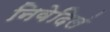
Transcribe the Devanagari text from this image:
निवेदिलं